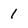
Character: 1